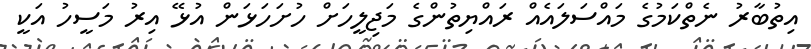
އިތުބާރު ނެތްކަމުގެ މައްސަލައެއް ރައްޔިތުންގެ މަޖިލީހަށް ހުށަހަޅަން އުޅޭ އިރު މަސީހު އަކީ